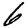
Digit: 6